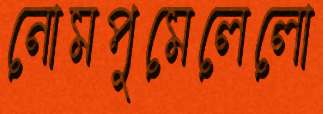
নোমপুমেলেলো